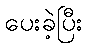
ပေးခဲ့ပြီး